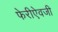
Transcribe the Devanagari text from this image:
फेरीऐवजी